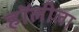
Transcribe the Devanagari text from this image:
हॉलीला